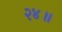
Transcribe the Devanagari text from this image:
२४॥